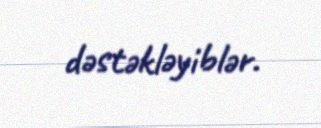
dəstəkləyiblər.